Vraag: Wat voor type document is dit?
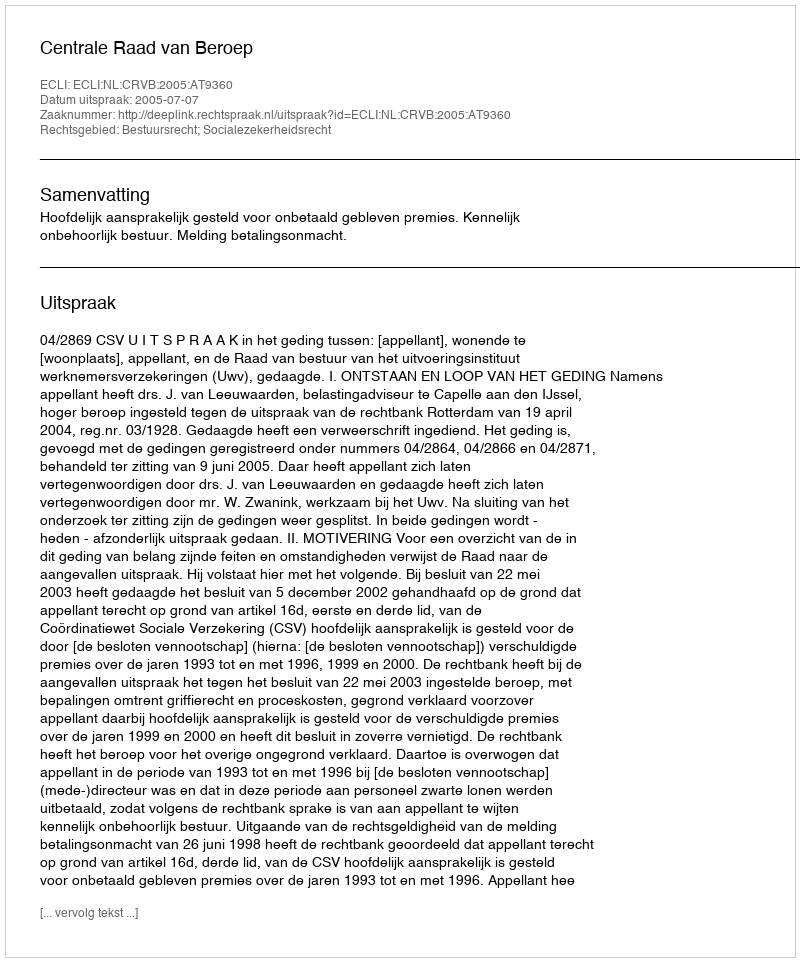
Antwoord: Uitspraak